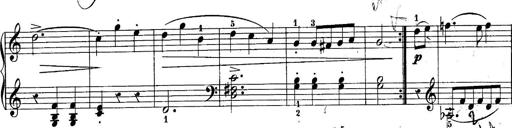
Title: 10 Sonatines progressives
Composer: Anton Schmoll